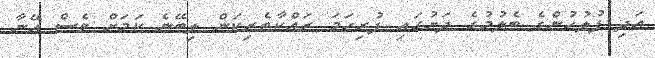
އަދި ފުލުހުންގެ ބެލުމުގެ ދަށުގައި ފުރިހަމަ ރައްކާތެރިކަން ލިބޭނެ ކަމަށް ވެސް އޭނާ